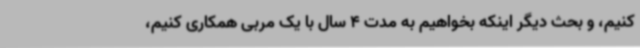
کنیم، و بحث دیگر اینکه بخواهیم به مدت 4 سال با یک مربی همکاری کنیم،